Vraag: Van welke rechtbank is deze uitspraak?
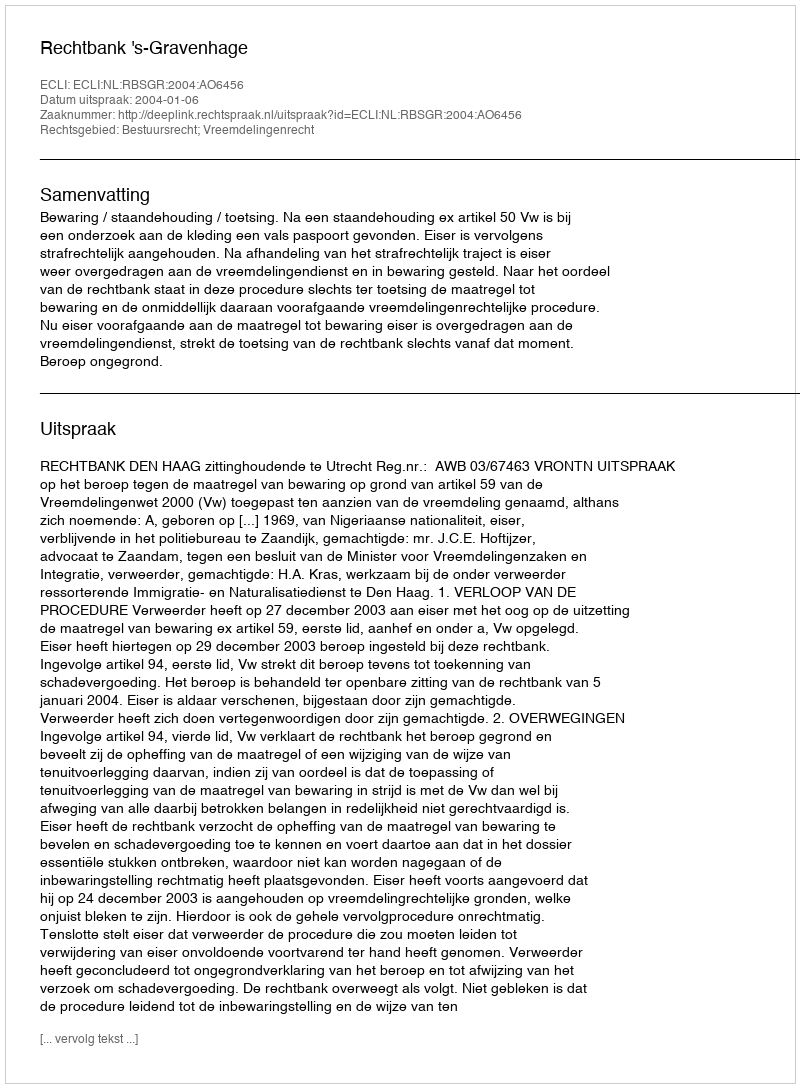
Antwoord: Rechtbank 's-Gravenhage